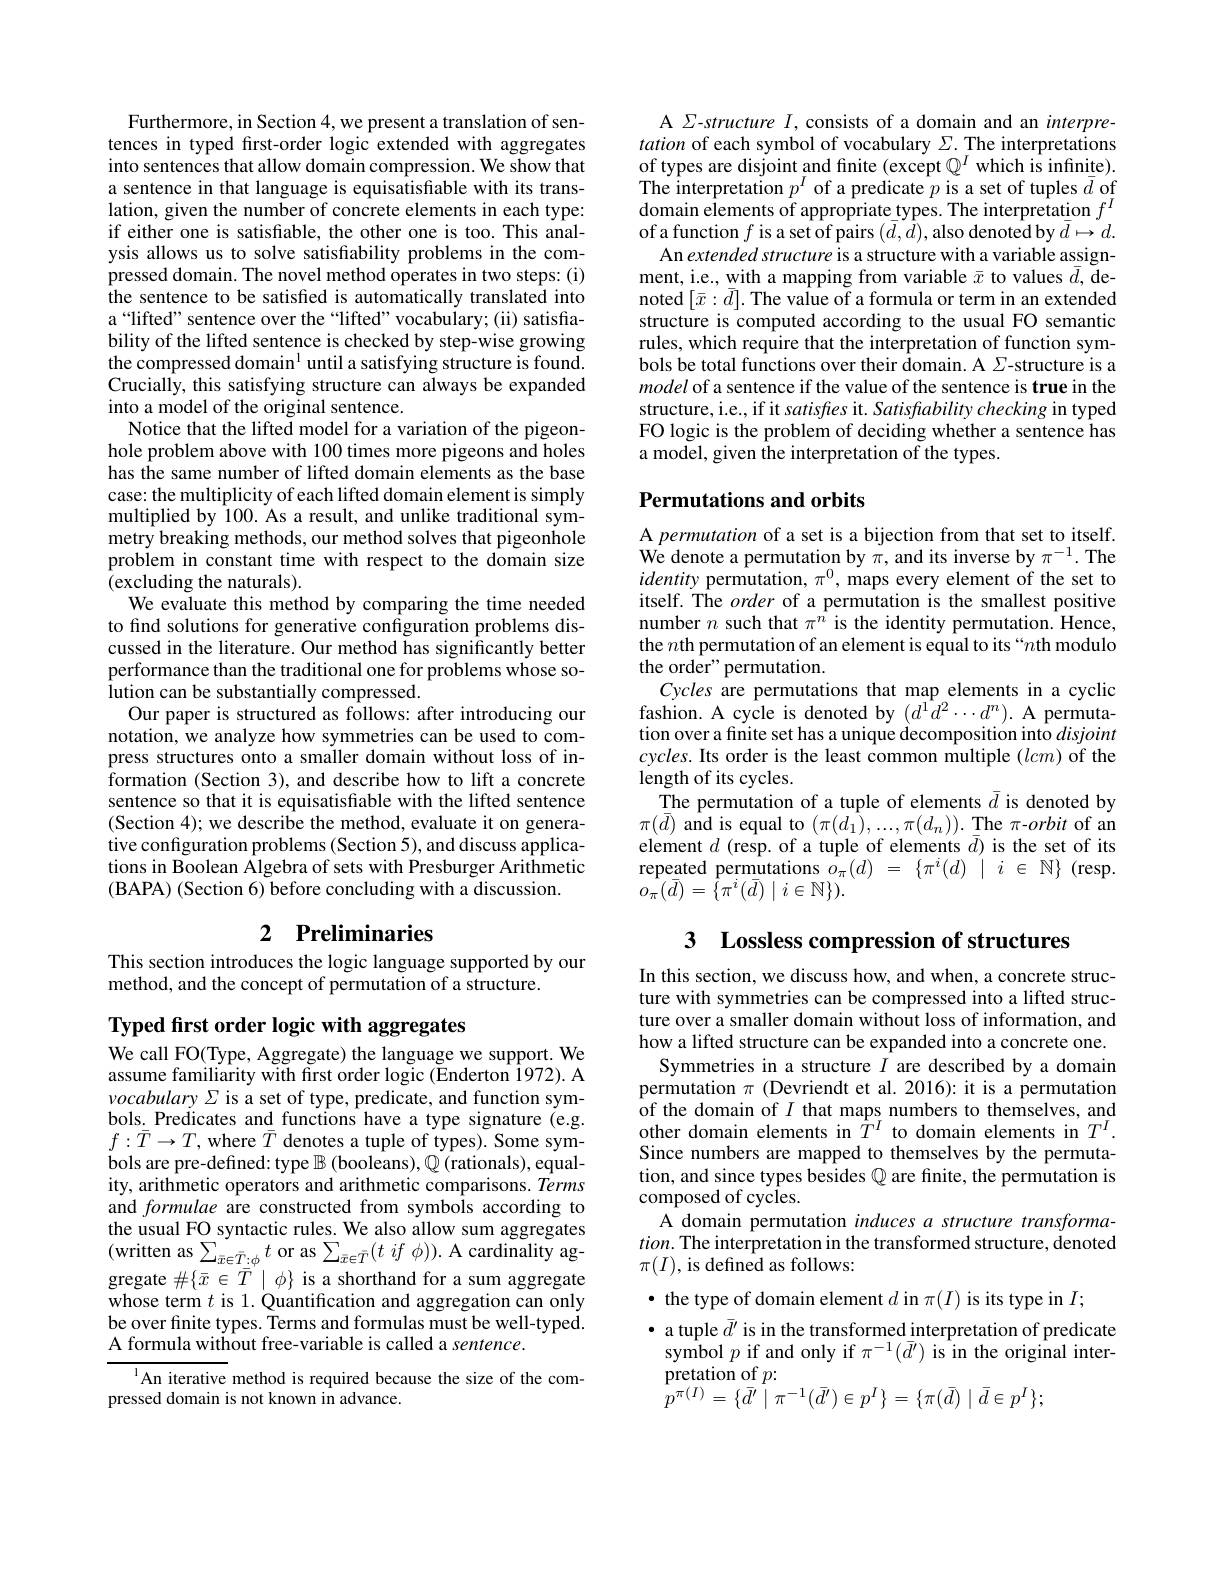
Furthermore, in Section 4, we present a translation of sentences in typed frst-order logic extended with aggregates into sentences that allow domain compression. We show that a sentence in that language is equisatisfiable with its translation, given the number of concrete elements in each type: if either one is satisfiable, the other one is too. This analysis allows us to solve satisfiability problems in the compressed domain. The novel method operates in two steps:(i) the sentence to be satisfied is automatically translated into a “lifted” sentence over the“lifted”vocabulary; (ii) satisfiability of the lifted sentence is checked by step-wise growing the compressed domain$^1$ until a satisfying structure is found. Crucially, this satisfying structure can always be expanded into a model of the original sentence.
Notice that the lifted model for a variation of the pigeonhole problem above with 100 times more pigeons and holes has the same number of lifted domain elements as the base case: the multiplicity of each lifted domain element is simply multiplied by 100. As a result, and unlike traditional symmetry breaking methods, our method solves that pigeonhole problem in constant time with respect to the domain size (excluding the naturals).
We evaluate this method by comparing the time needed to find solutions for generative configuration problems discussed in the literature. Our method has significantly better performance than the traditional one for problems whose solution can be substantially compressed.
Our paper is structured as follows: after introducing our notation, we analyze how symmetries can be used to compress structures onto a smaller domain without loss of information (Section 3), and describe how to lift a concrete sentence so that it is equisatisfiable with the lifted sentence (Section 4); we describe the method, evaluate it on generative configuration problems (Section 5), and discuss applications in Boolean Algebra of sets with Presburger Arithmetic (BAPA) (Section 6) before concluding with a discussion.

# 2 Preliminaries

This section introduces the logic language supported by our
method, and the concept of permutation of a structure.

Typed first order logic with aggregates

We call FO(Type, Aggregate) the language we support. We assume familiarity with first order logic (Enderton 1972). A vocabulary $\Sigma$ is a set of type, predicate, and function symbols. Predicates and functions have a type signature (e.g. $f:\bar{T}\to T$, where $\bar{T}$ denotes a tuple of types). Some symbols are pre-defined: type $\mathbb{B} \left ( \text{booleans}\right ) , \mathbb{Q} \left ( \text{rationals}\right ) $, equality, arithmetic operators and arithmetic comparisons. Terms and formulae are constructed from symbols according to the usual FO syntactic rules. We also allow sum aggregates (written as$\sum_\bar{x}\in\bar{T}:\phi t$ or as$\sum_\bar{x}\in\bar{T}(t\textit{if }\phi)).$A cardinality aggregate $\#\{\bar{x}\in\bar{T}\mid\phi\}$ is a shorthand for a sum aggregate whose term $t$ is 1.Quantification and aggregation can only be over finite types. Terms and formulas must be well-typed. A formula without free-variable is called a sentence.

$^{1}$An iterative method is required because the size of the com-
pressed domain is not known in advance.

A $\Sigma$-structure $I$, consists of a domain and an interpretation of each symbol of vocabulary $\Sigma.$ The interpretations of types are disjoint and finite (except $\mathbb{Q}^I$ which is infinite). The interpretation $p^I$ of a predicate $p$ is a set of tuples $\bar{d}$ of domain elements of appropriate types. The interpretation $f^I$ ofa function $f$ is a set of pairs $(d,d)$,also denoted by $d\mapsto d.$
An extended structure is a structure with a variable assignment, i.e., with a mapping from variable $\bar{x}$ to values $\bar{d}$, denoted$\left[\bar{x}:\bar{d}\right].$The value of a formula or term in an extended structure is computed according to the usual FO semantic rules, which require that the interpretation of function symbols be total functions over their domain. A $\Sigma$-structure is a model of a sentence if the value of the sentence is true in the structure, i.e., if it satisfes it. Satisfability checking in typed FO logic is the problem of deciding whether a sentence has a model, given the interpretation of the types.

## Permutations and orbits

A permutation of a set is a bijection from that set to itself. We denote a permutation by $\pi$, and its inverse by $\pi^-1.$ The identity permutation, $\pi^0$, maps every element of the set to itself. The order of a permutation is the smallest positive number $n$ such that $\pi^n$ is the identity permutation. Hence, the $n$th permutation of an element is equal to its “$n$th modulo the order" permutation.
Cycles are permutations that map elements in a cyclic fashion. A cycle is denoted by $(d^{1}d^{2}\cdots d^{n}).$ A permutation over a finite set has a unique decomposition into disjoint $cycles.$ Its order is the least common multiple $(lcm)$ of the length of its cycles.
The permutation of a tuple of elements $\bar{d}$ is denoted by $\begin{array}{l}{\pi(\bar{d})\text{ and is equal to }(\pi(\hat{d_{1}}),\ldots,\pi(d_{n})).\text{ The }\pi-orbit\text{ of an}}\\{\text{element }d\text{ (resp. of a tuple of elements }\bar{d})\text{ is the set of its}}\end{array}$ $\begin{array}{rcl}{\text{repeated permutations }\hat{o}_{\pi}(d)}&{=}&{{\{\pi^{i}(d)\:|\: i\in\mathbb{N}\}}}\\{o_{\pi}(\bar{d})=\{\pi^{i}(\bar{d})\mid i\in\mathbb{N}\}).}\end{array}$

3 Lossless compression of structures

In this section, we discuss how, and when, a concrete structure with symmetries can be compressed into a lifted structure over a smaller domain without loss of information, and how a lifted structure can be expanded into a concrete one.
Symmetries in a structure $I$ are described by a domain permutation $\pi$ (Devriendt et al.2016): it is a permutation of the domain of $I$ that maps numbers to themselves, and other domain elements in $\dot{T}^I$ to domain elements in $T^I.$ Since numbers are mapped to themselves by the permuta- $\begin{array}{l}\mathrm{tion,~and~since~types~besides~}\mathbb{Q}\text{ are finite, the permutation is}\\\mathrm{composed~of~cycles.}\end{array}$
A domain permutation induces a structure transforma- $tion.$ The interpretation in the transformed structure, denoted $\pi(I)$, is defined as follows:

$\bullet$ the type of domain element $d$ in $\pi(I)$ is its type in $I;$

$\bullet$ a tuple $\bar{d}^\prime$ is in the transformed interpretation of predicate symbolp if and only if $\pi^-1(\bar{d}^{\prime})$ is in the original interpretation of $p:$
$$\hat{p}^{\pi(I)}=\{\bar{d^{\prime}}\mid\pi^{-1}(\bar{d^{\prime}})\in p^{I}\}=\{\pi(\bar{d})\mid\bar{d}\in p^{I}\};$$